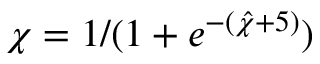
\chi = 1 / ( 1 + e ^ { - ( \hat { \chi } + 5 ) } )